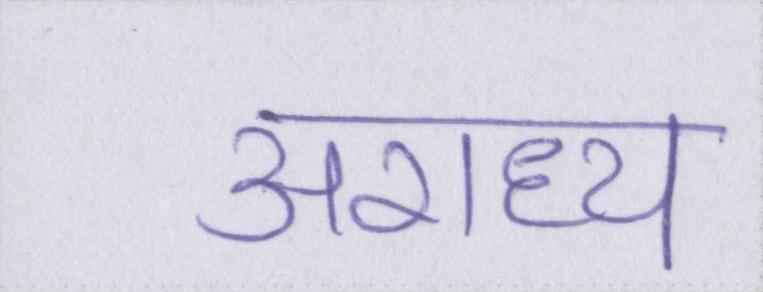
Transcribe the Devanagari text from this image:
अराध्य